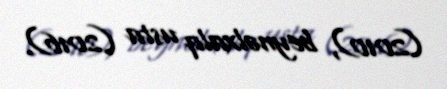
(2010), beynəlxalq usta (2016).